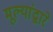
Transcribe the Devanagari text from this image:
मूल्यांद्वारे